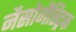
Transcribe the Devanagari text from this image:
नैसोगैस्ट्रिक